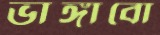
ভাঙ্গাবো